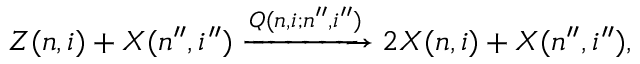
Z ( n , i ) + X ( n ^ { \prime \prime } , i ^ { \prime \prime } ) \xrightarrow { Q ( n , i ; n ^ { \prime \prime } , i ^ { \prime \prime } ) } 2 X ( n , i ) + X ( n ^ { \prime \prime } , i ^ { \prime \prime } ) ,